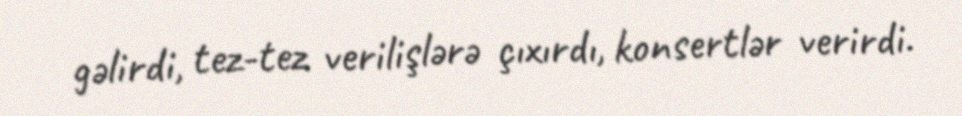
gəlirdi, tez-tez verilişlərə çıxırdı, konsertlər verirdi.